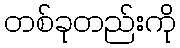
တစ်ခုတည်းကို